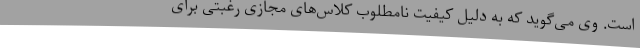
است. وی می‌گوید که به دلیل کیفیت نامطلوب کلاس‌های مجازی رغبتی برای